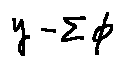
y - \sum \phi